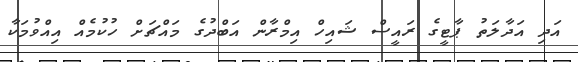
އަދި އަދާލަތު ޕާޓީގެ ރައީސް ޝައިހް އިމްރާން އަބްދުގެ މައްޗަށް ހުކުމެއް އިއްވުމަކާ